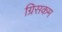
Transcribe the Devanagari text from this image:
ग्रिसकम